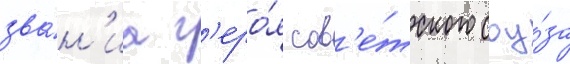
зва́н'иа г'еро́я сов'е́тского соу́за